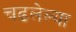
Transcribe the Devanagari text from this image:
चढलेल्या